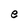
Character: e